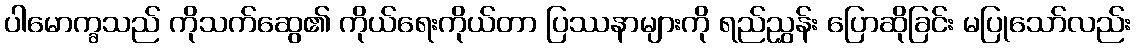
ပါမောက္ခသည် ကိုသက်ဆွေ၏ ကိုယ်ရေးကိုယ်တာ ပြဿနာများကို ရည်ညွှန်း ပြောဆိုခြင်း မပြုသော်လည်း